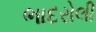
ભાદરોલી